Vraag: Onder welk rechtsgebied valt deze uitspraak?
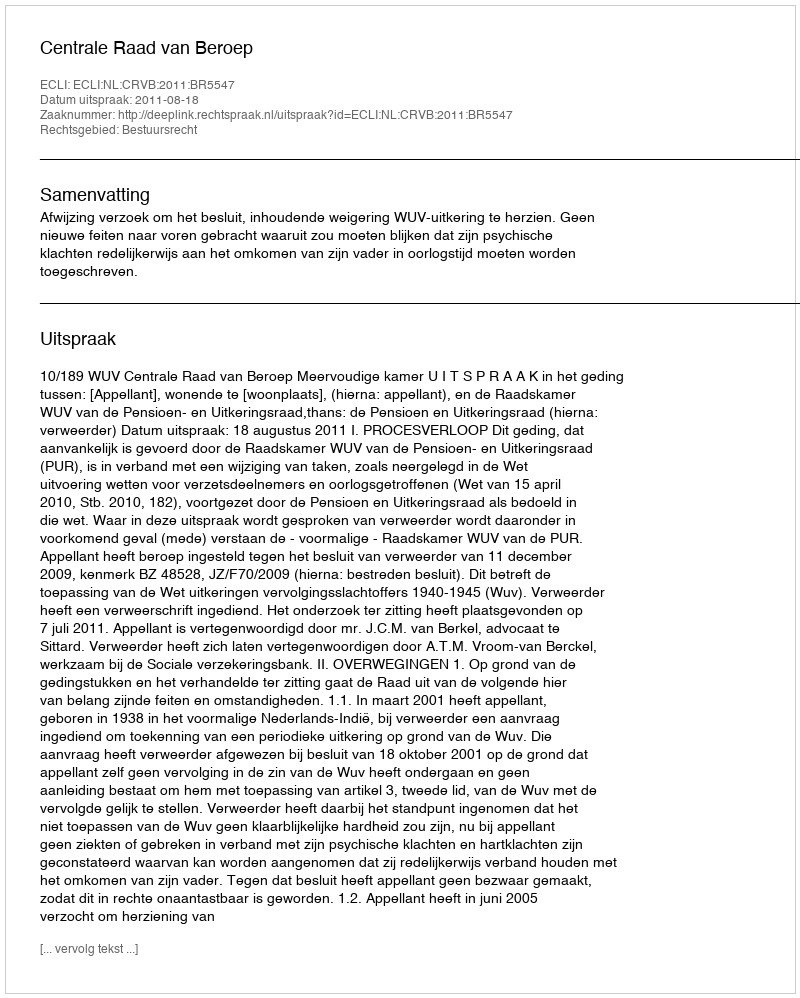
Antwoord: Bestuursrecht